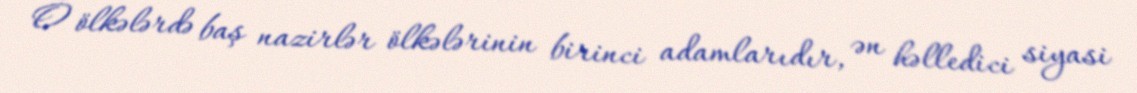
O ölkələrdə baş nazirlər ölkələrinin birinci adamlarıdır, ən həlledici siyasi